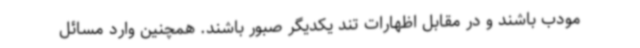
مودب باشند و در مقابل اظهارات تند یکدیگر صبور باشند. همچنین وارد مسائل